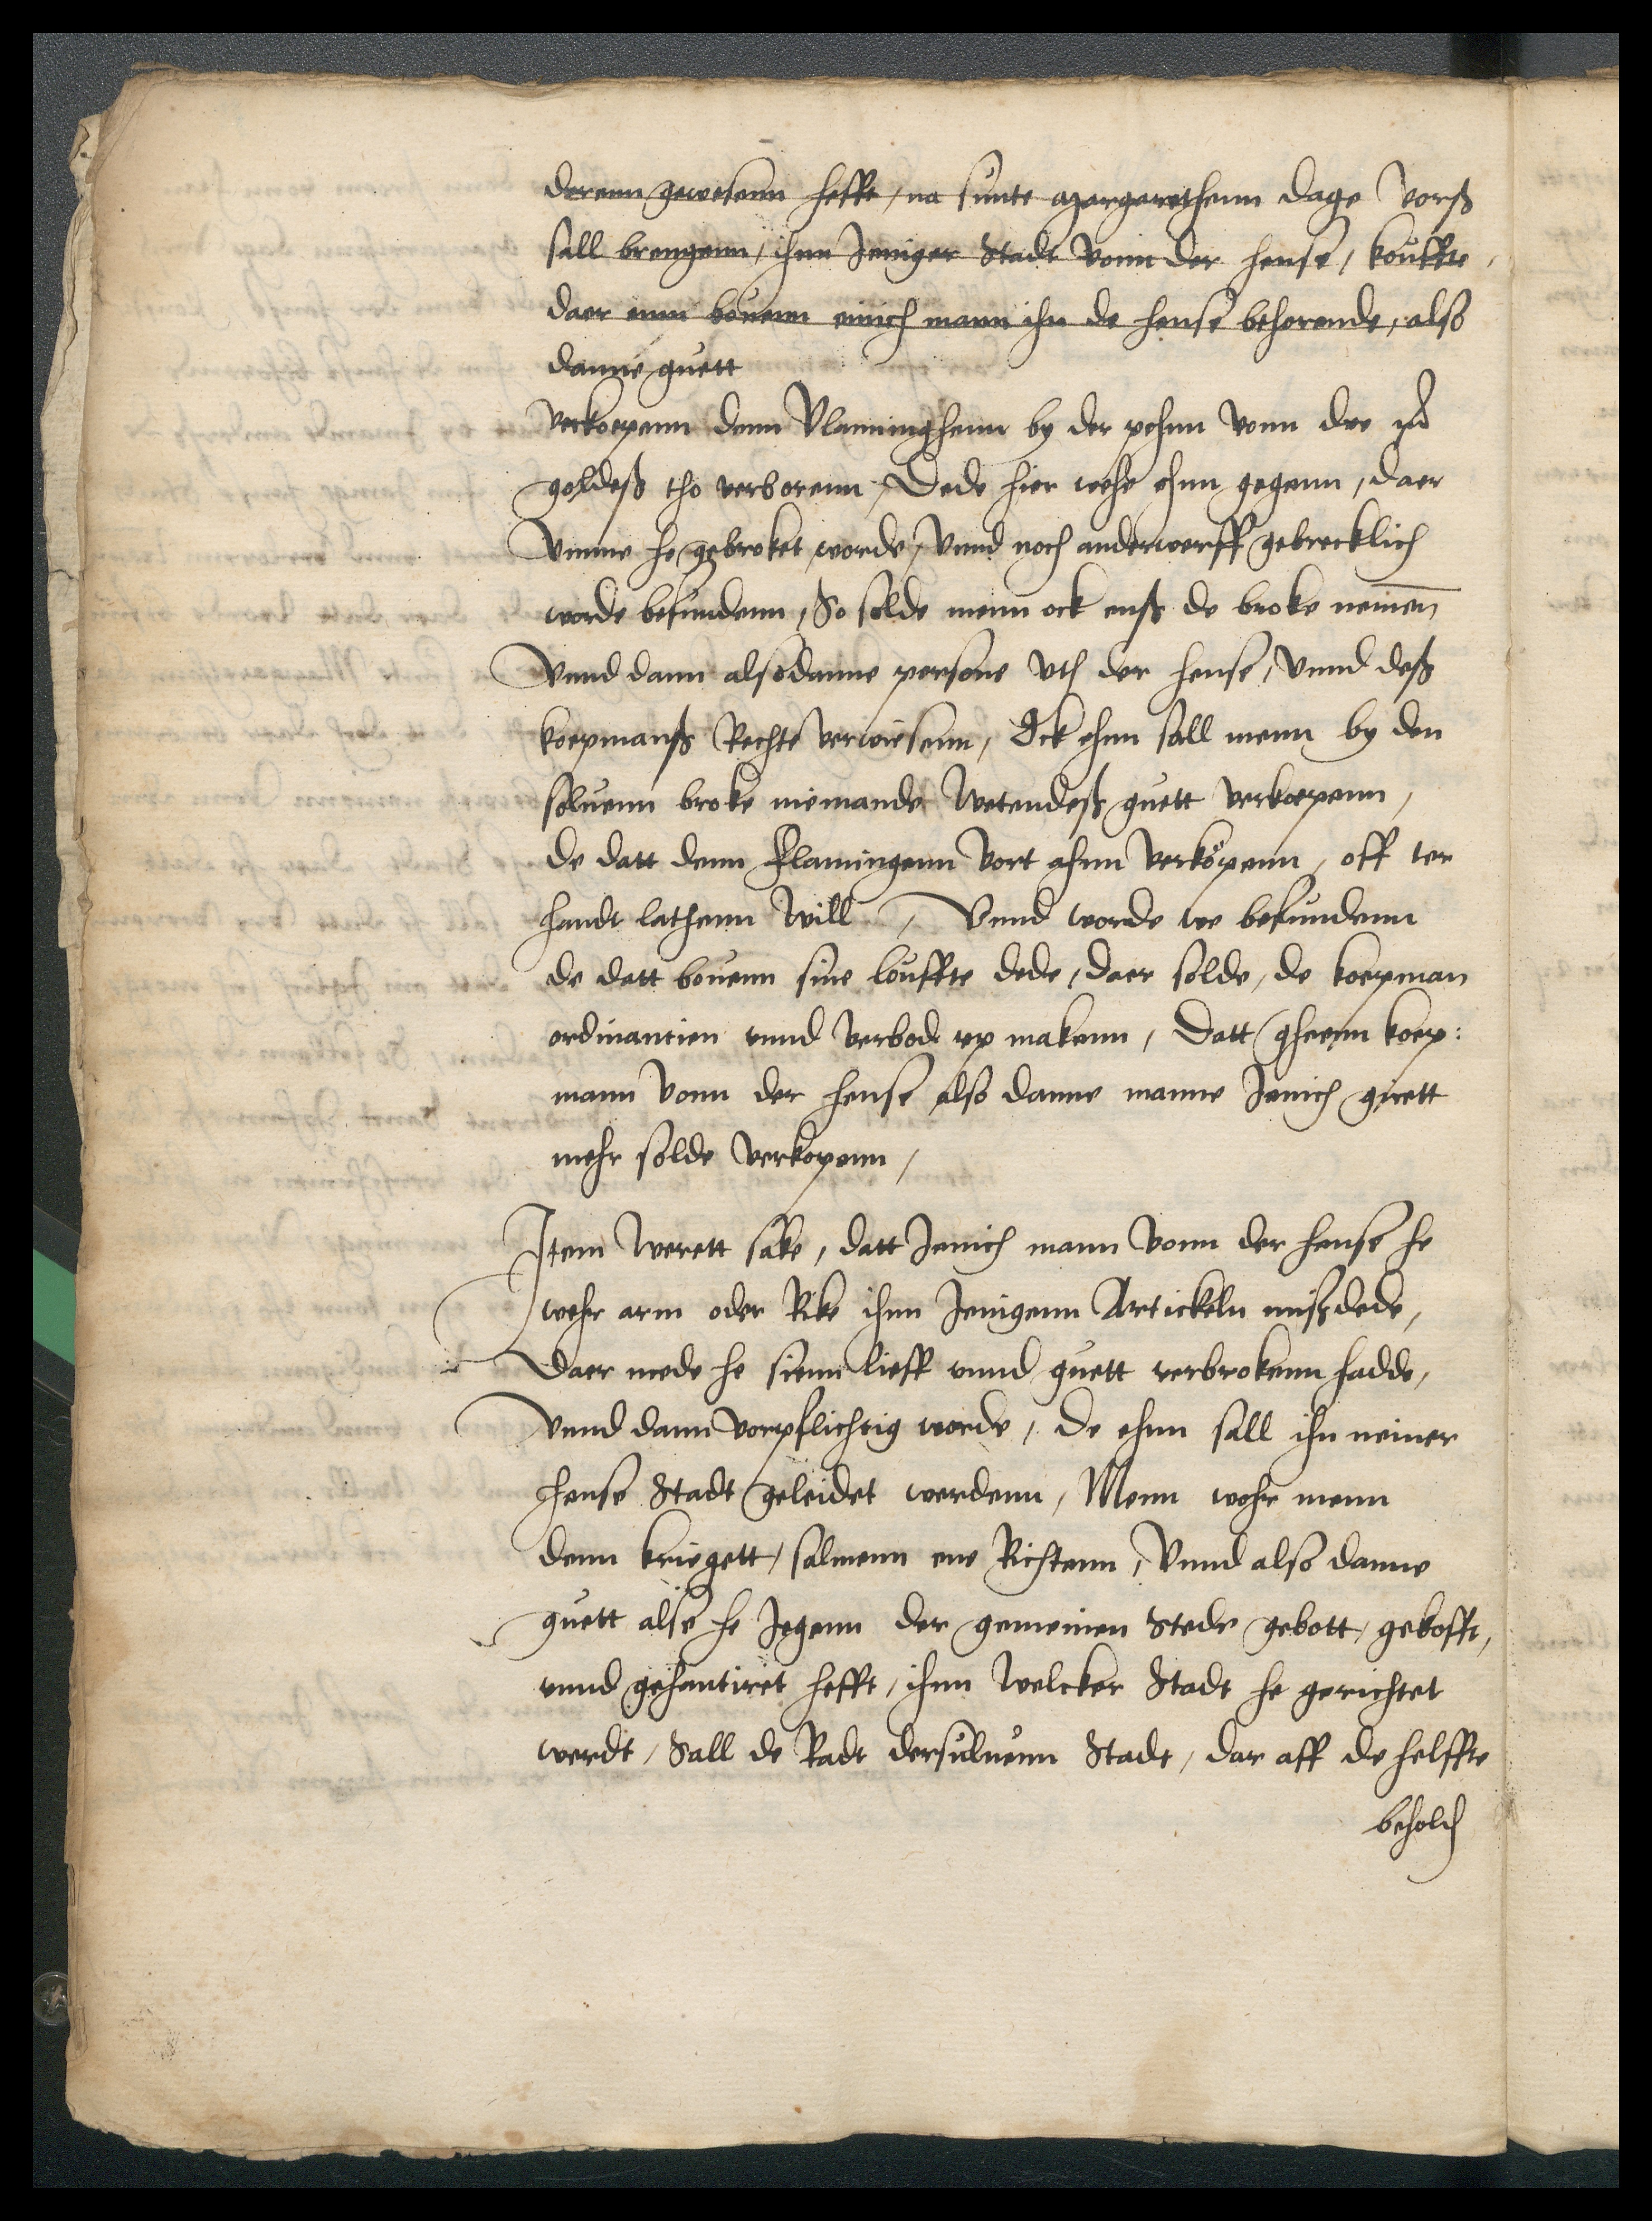
derenn gewesenn hefft, na sunte Margarethenn dage vorscreuen
sall brengenn, ihnn Jeniger Stadt vonn der hense, kouffte,
daer nun bouen einich mann ihn de hense behorende, also
danne guett
vorkoepenn denn Vlaminghenn by der pehnn vonn dre m
goldeß tho verborenn, Dede hier wehe ehnn gegenn, daer
Vmme he gebroket worde, vnnd noch anderwerff gebrecklich
worde befundenn, So solde menn ock enß de broke nemenn
Vnnd dann alsodanne persone vth der hense, vnnd deß
koepmanß Rechte verwiesenn, Ock ehnn sall menn by den
soluenn broke niemande Wetendeß guett verkoepenn,
de datt denn Flamingenn vort ahnn verköpenn, off ter
handt lathenn will, Vnnd worde we befundenn
de datt bouenn sine louffte dede, daer solde, de koepman
ordinantien vnnd verbode vp makenn, Datt gheen koep¬
mann vonn der hense also danne manne Jenich guett
mehr solde vorkopenn,

Item werett sake, datt Jenich mann vonn der hense he
wehr arm oder Rike ihnn Jenigenn Artickeln mißdede,
daer mede he sienn lieff vnnd guett verbrokenn hadde,
vnnd dann vorpflichtig worde, de ehnn sall ihn neiner
hense Stadt geleidet werdenn, Menn wohr menn
denn kriegett, salmenn ene Richtenn, Vnnd also danne
guett alse he Jegenn der gemeinen Stede gebott, gekofft,
vnnd gehantiret hefft, ihnn welcker Stadt he gerichtet
werdt, Sall de Radt dersuluenn Stadt, dar aff de helffte
beholden